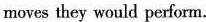
moves they would perform.